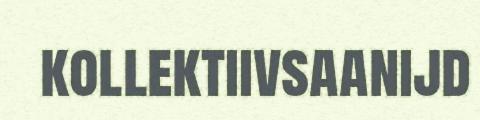
kollektiivsaanijd